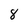
Character: 8